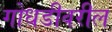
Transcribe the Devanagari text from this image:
गोधडीवरील